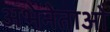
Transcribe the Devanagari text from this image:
अभेनेताओं